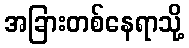
အခြားတစ်နေရာသို့